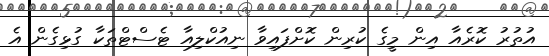
އުތުރު ކޮރެއާ އިން މީގެ ކުރިން ކޮށްފައިވާ ނިއުކްލިއާ ޓެސްޓްތަކާ ގުޅިގެން އެ